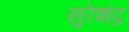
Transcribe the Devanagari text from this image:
सुरेशंद्र